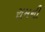
રામની